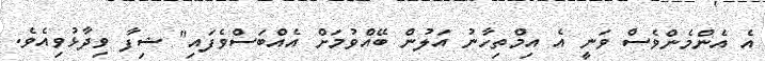
އެ އެންމެންވެސް ވަނީ އެ އިމްތިހާނު އަލުން ބޭއްވުމަށް އެއްބަސްވެފައި" ޝިފާ ވިދާޅުވިއެވެ.